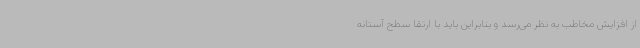
از افزایش مخاطب به نظر می‌رسد و بنابراین باید با ارتقا سطح آستانه